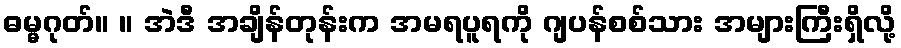
ဓမ္မဂုတ်။ ။ အဲဒီ အချိန်တုန်းက အမရပူရကို ဂျပန်စစ်သား အများကြီးရှိလို့